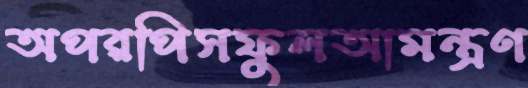
অপরপিসফুলআমন্ত্রণ